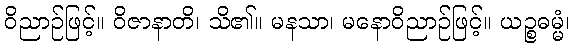
ဝိညာဉ်ဖြင့်။ ဝိဇာနာတိ၊ သိ၏။ မနသာ၊ မနောဝိညာဉ်ဖြင့်။ ယဉ္စဓမ္မံ၊